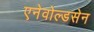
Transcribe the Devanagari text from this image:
एनेवोल्डसेन